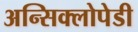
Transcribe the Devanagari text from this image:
अन्सिक्लोपेडी